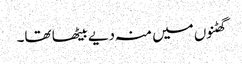
گھٹنوں میں منہ دیے بیٹھا تھا۔